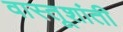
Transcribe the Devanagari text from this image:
वास्तूशांती